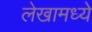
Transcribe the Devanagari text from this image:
लेखामध्येे